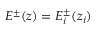
E ^ { \pm } ( z ) = E _ { i } ^ { \pm } ( z _ { i } )